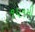
૧૫૧મી